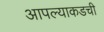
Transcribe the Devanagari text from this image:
आपल्याकडची